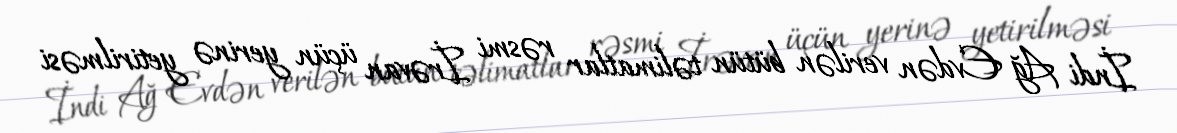
İndi Ağ Evdən verilən bütün təlimatlar rəsmi İrəvan üçün yerinə yetirilməsi